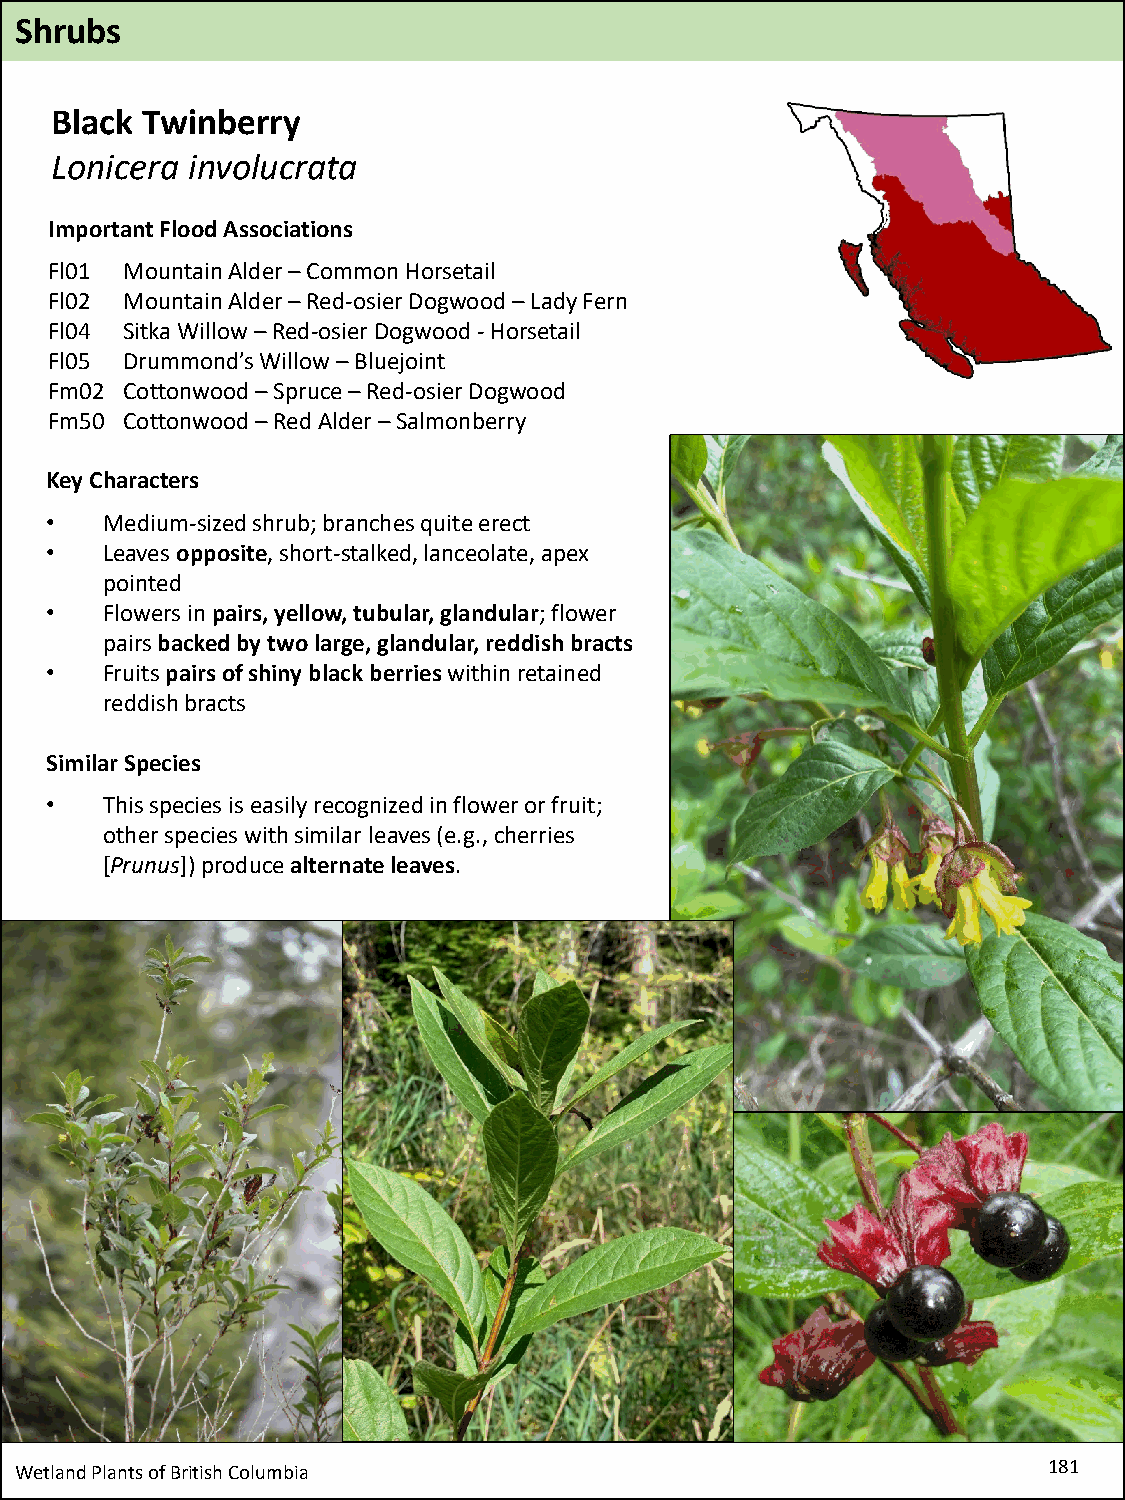
Shrubs
 Black Twinberry
 Lonicera involucrata
 Important Flood Associations
 Fl01 Mountain Alder –Common Horsetail
 Fl02 Mountain Alder –Red-osier Dogwood –Lady Fern
 Fl04 Sitka Willow –Red-osier Dogwood -Horsetail
 Fl05 Drummond’s Willow –Bluejoint
 Fm02 Cottonwood –Spruce –Red-osier Dogwood
 Fm50 Cottonwood –Red Alder –Salmonberry
 Key Characters
 •   Medium-sized shrub; branches quite erect
 •   Leaves opposite, short-stalked, lanceolate, apex
 pointed
 •   Flowers in pairs, yellow, tubular, glandular; flower
 pairs backed by two large, glandular, reddish bracts
 •   Fruits pairs of shiny black berrieswithin retained
 reddish bracts
 Similar Species
 •   This species is easily recognized in flower or fruit;
 other species with similar leaves (e.g., cherries
 [Prunus]) produce alternate leaves.
 Wetland Plants of British Columbia                                  181